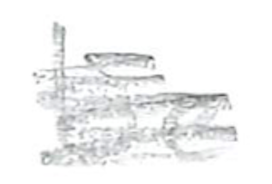
Text: be
Cross-out: scratch
Writing tool: pencil